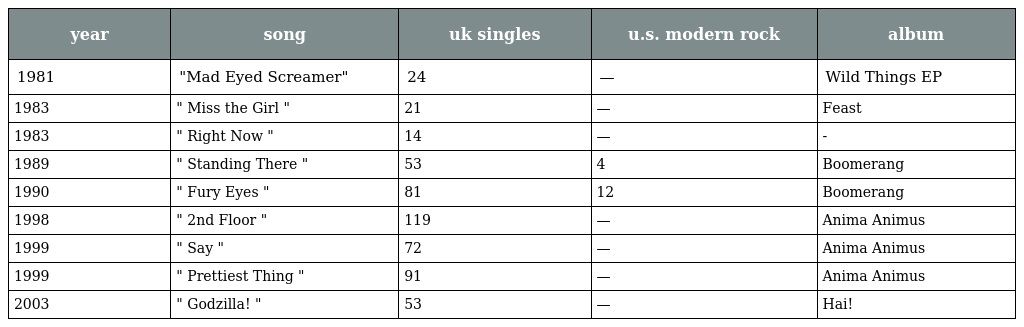
| year | song | uk singles | u.s. modern rock | album |
 | --- | --- | --- | --- | --- |
 | 1981 | "Mad Eyed Screamer" | 24 | — | Wild Things EP |
 | 1983 | " Miss the Girl " | 21 | — | Feast |
 | 1983 | " Right Now " | 14 | — | - |
 | 1989 | " Standing There " | 53 | 4 | Boomerang |
 | 1990 | " Fury Eyes " | 81 | 12 | Boomerang |
 | 1998 | " 2nd Floor " | 119 | — | Anima Animus |
 | 1999 | " Say " | 72 | — | Anima Animus |
 | 1999 | " Prettiest Thing " | 91 | — | Anima Animus |
 | 2003 | " Godzilla! " | 53 | — | Hai! |